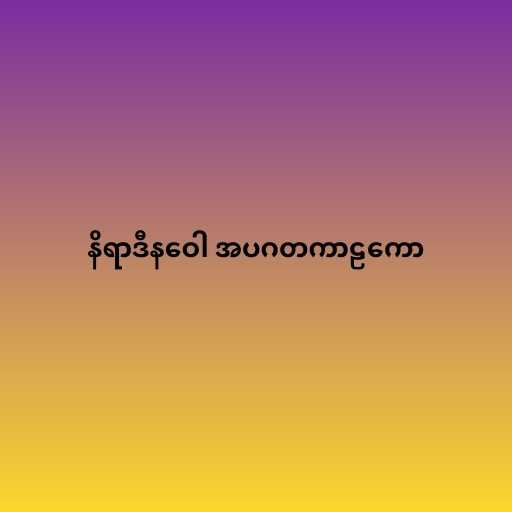
နိရာဒီနဝေါ အပဂတကာဠကော